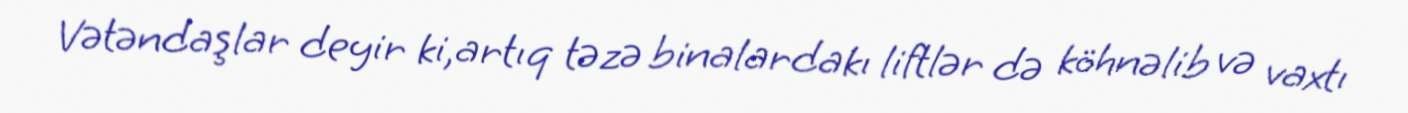
Vətəndaşlar deyir ki,artıq təzə binalardakı liftlər də köhnəlib və vaxtı